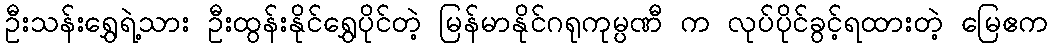
ဦးသန်းရွှေရဲ့သား ဦးထွန်းနိုင်ရွှေပိုင်တဲ့ မြန်မာနိုင်ဂရုကုမ္ပဏီ က လုပ်ပိုင်ခွင့်ရထားတဲ့ မြေဧက